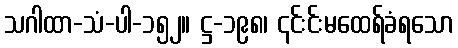
သဂါထာ-သံ-ပါ-၁၅၂။ ဋ္ဌ-၁၉၈၊ ၎င်းင်းမထေရ်ခံရသော